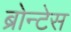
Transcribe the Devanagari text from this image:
ब्रोन्टेस